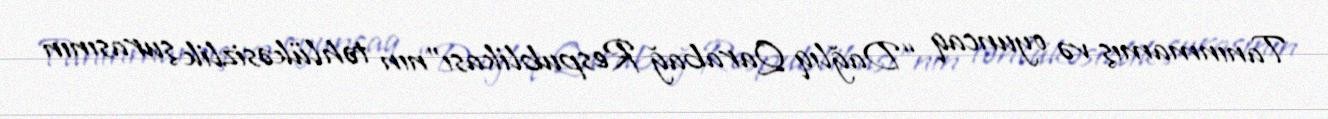
Tanınmamış və oyuncaq “Dağlıq Qarabağ Respublikası”nın təhlükəsizlik şurasının